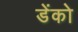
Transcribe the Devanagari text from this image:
डेंको